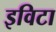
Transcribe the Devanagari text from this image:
इविटा